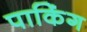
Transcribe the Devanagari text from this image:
पाकिंग